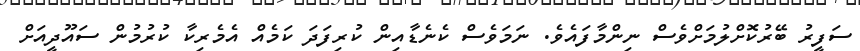
ސަފީރު ބޭރުކޮށްލުމަށްވެސް ނިންމާފައެވެ. ނަމަވެސް ކެނެޑާއިން ކުރިފަދަ ކަމެއް އެމެރިކާ ކުރުމުން ސައޫދީއަށް